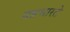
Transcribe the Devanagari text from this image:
यन्नभारते